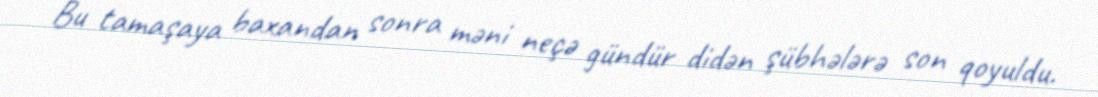
Bu tamaşaya baxandan sonra məni neçə gündür didən şübhələrə son qoyuldu.